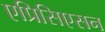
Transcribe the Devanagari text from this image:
एप्रिसिएसन